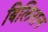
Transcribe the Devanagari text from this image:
बिलिरान